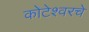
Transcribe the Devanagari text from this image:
कोटेश्वरचे